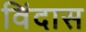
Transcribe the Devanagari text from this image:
विंदास